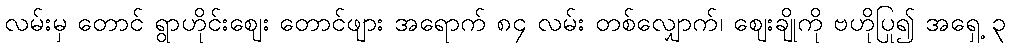
လမ်းမှ တောင် ရွာဟိုင်းဈေး တောင်ဖျား အရောက် ၈၄ လမ်း တစ်လျှောက်၊ ဈေးချိုကို ဗဟိုပြု၍ အရှေ့ ၃